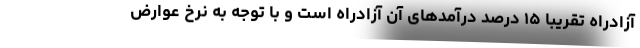
آزادراه تقریبا ۱۵ درصد درآمدهای آن آزادراه است و با توجه به نرخ عوارض